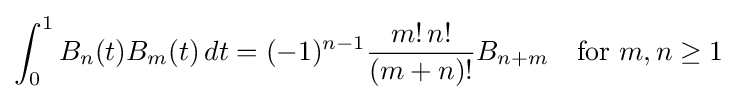
\int _{0}^{1}B_{n}(t)B_{m}(t)\,dt=(-1)^{n-1}{\frac {m!\,n!}{(m+n)!}}B_{n+m}\quad {\text{for }}m,n\geq 1